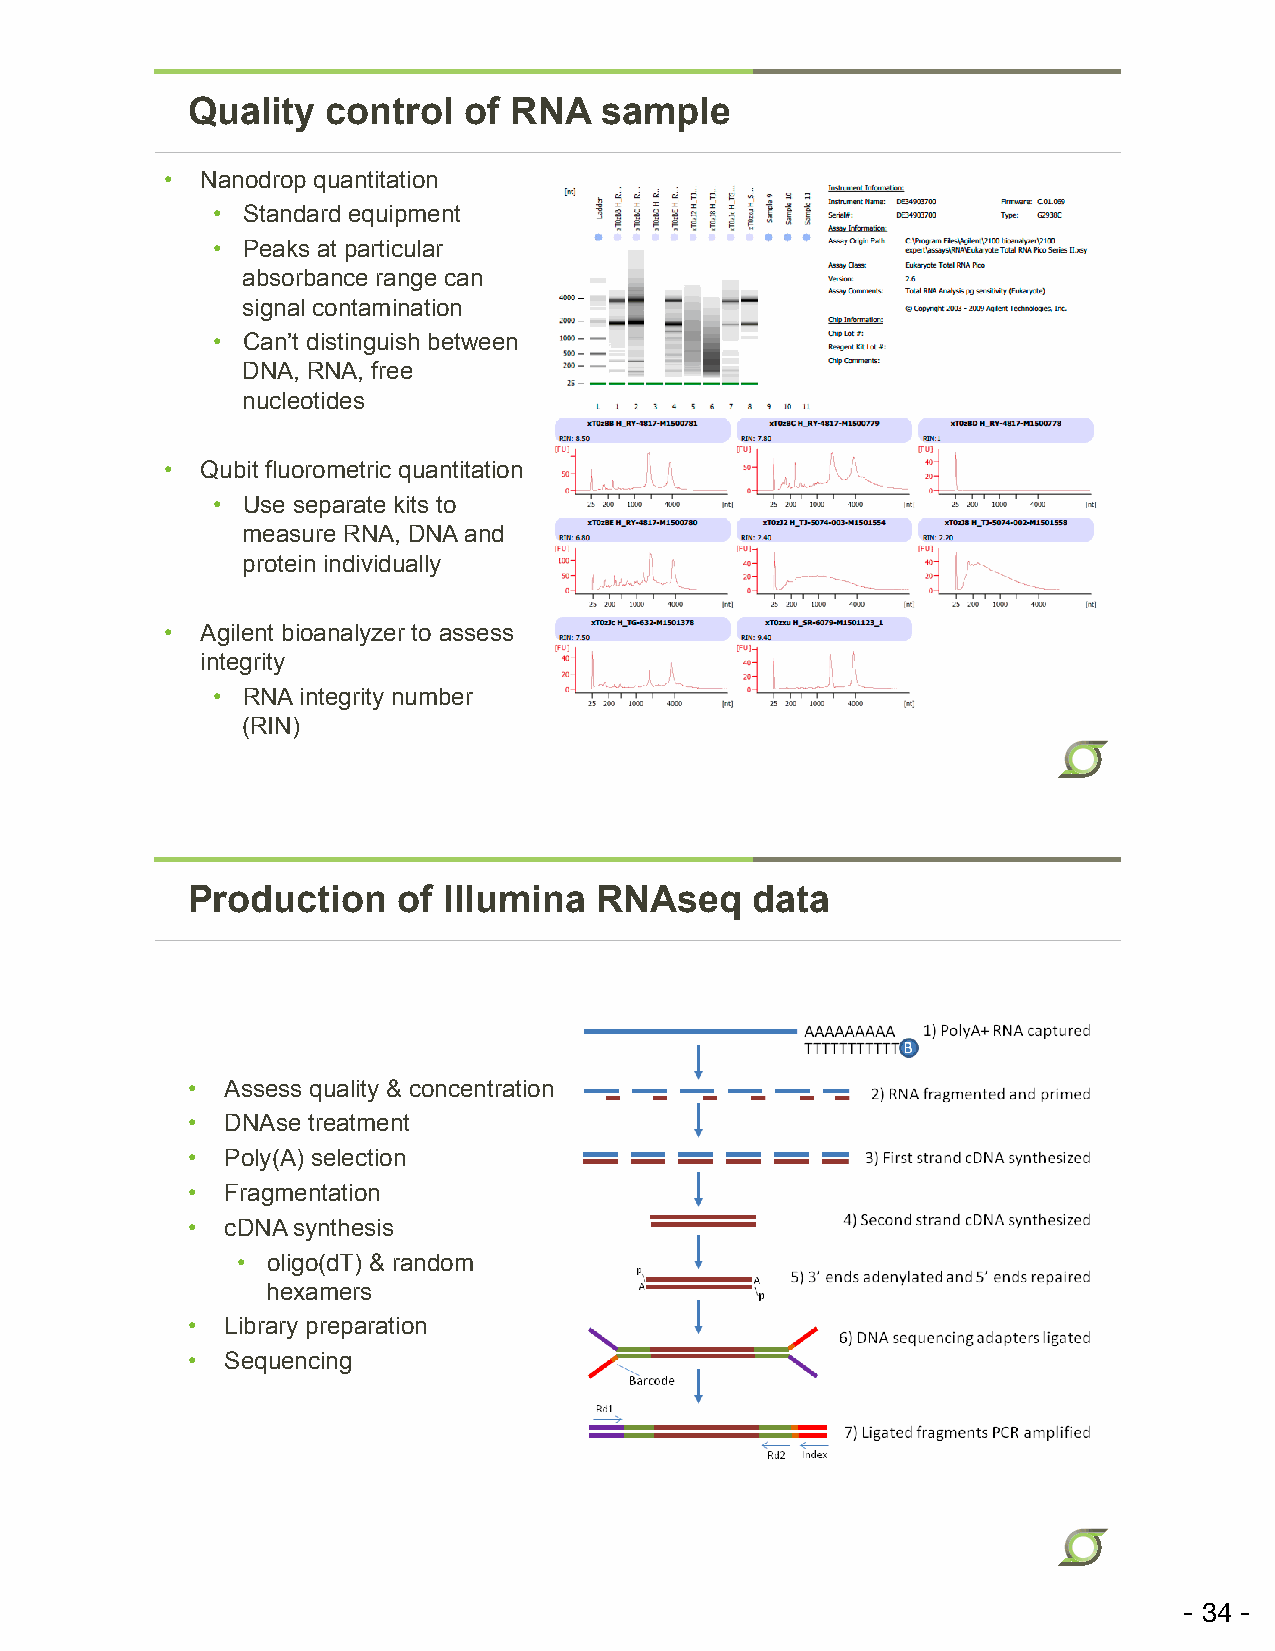
Quality   control  of RNA   sample
 • Nanodrop quantitation
 • Standard equipment
 • Peaks at particular
 absorbance range can
 signal contamination
 • Can’t distinguish between
 DNA, RNA, free
 nucleotides
 • Qubit fluorometric quantitation
 • Use separate kits to
 measure RNA, DNA and
 protein individually
 • Agilent bioanalyzer to assess
 integrity
 • RNA integrity number
 (RIN)
 Production    of Illumina  RNAseq     data
 •  Assess quality & concentration
 •  DNAse treatment
 AAAAAA
 •  Poly(A) selection                          TTTTTT
 •  Fragmentation
 •  cDNA synthesis
 AAAAAA
 • oligo(dT) & random                      TTTTTT
 hexamers
 •  Library preparation
 •  Sequencing